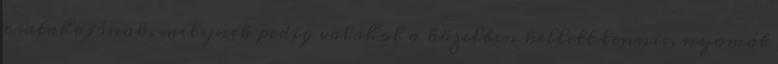
csatahajónak, melynek pedig valahol a közelben kellett lennie, nyomát